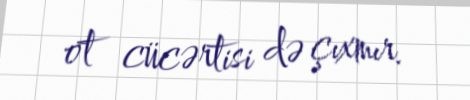
ot cücərtisi də çıxmır.